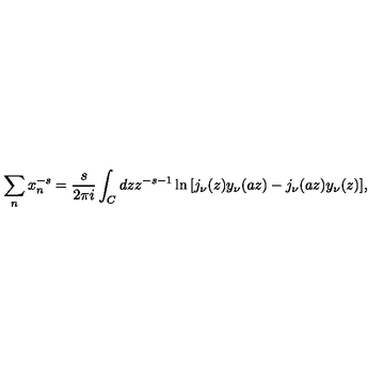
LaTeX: \sum _ { n } x _ { n } ^ { - s } = { \frac { s } { 2 \pi i } } \int _ { C } d z z ^ { - s - 1 } \ln { \left[ j _ { \nu } ( z ) y _ { \nu } ( a z ) - j _ { \nu } ( a z ) y _ { \nu } ( z ) \right] } ,